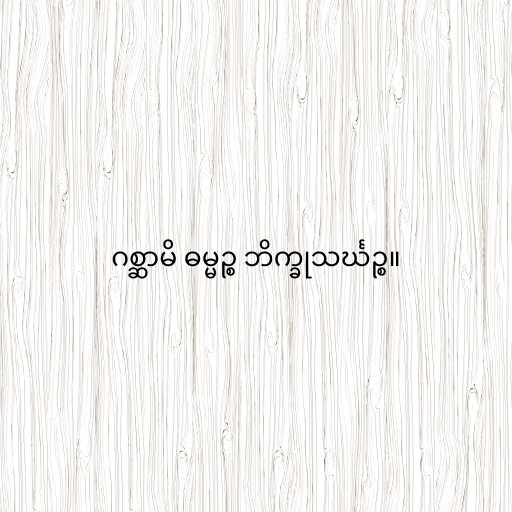
ဂစ္ဆာမိ ဓမ္မဉ္စ ဘိက္ခုသင်္ဃဉ္စ။